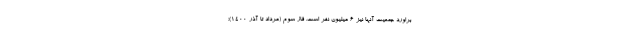
براورد جمعیت آنها نیز ۶ میلیون نفر است. فاز سوم (مرداد تا آذر ۱۴۰۰)؛